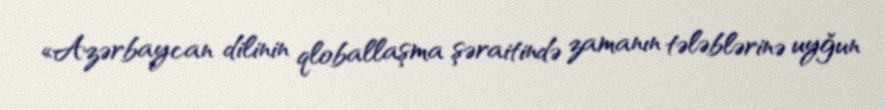
«Azərbaycan dilinin qloballaşma şəraitində zamanın tələblərinə uyğun